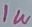
Text: 1W